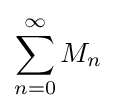
\sum _{n=0}^{\infty }M_{n}